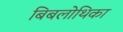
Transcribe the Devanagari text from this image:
बिबलोथिका